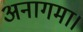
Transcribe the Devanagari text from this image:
अनागमा।